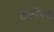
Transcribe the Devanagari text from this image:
टर्कौएश